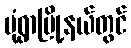
မုံရွာမြို့နယ်တွင်